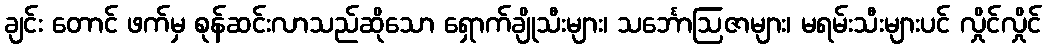
ချင်း တောင် ဖက်မှ စုန်ဆင်းလာသည်ဆိုသော ရှောက်ချိုသီးများ၊ သင်္ဘောဩဇာများ၊ မရမ်းသီးများပင် လှိုင်လှိုင်